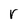
Character: r